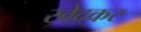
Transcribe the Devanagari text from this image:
खेदकर